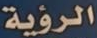
الرؤية